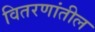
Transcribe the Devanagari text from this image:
वितरणांतील